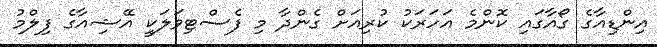
އިންޑިއާގެ ގޯއާގައި ކޮންމެ އަހަރަކު ކުރިއަށް ގެންދާ މި ފެސްޓިވަލަކީ އޭޝިއާގެ ފިލްމު